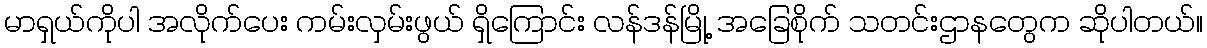
မာရှယ်ကိုပါ အလိုက်ပေး ကမ်းလှမ်းဖွယ် ရှိကြောင်း လန်ဒန်မြို့ အခြေစိုက် သတင်းဌာနတွေက ဆိုပါတယ်။